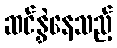
ဆင်နွှဲနေသည့်